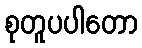
စုတူပပါတော